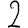
Digit: 2